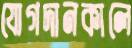
যোগদানকালে